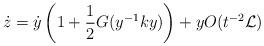
LaTeX: \begin{align*}\dot{z}=\dot{y}\left(1+\frac{1}{2}G(y^{-1}ky)\right)+yO(t^{-2}\mathcal L)\end{align*}